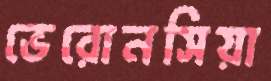
ভেরোনসিয়া